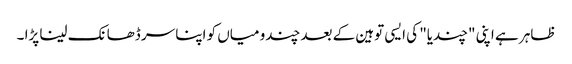
ظاہر ہے اپنی "چندیا" کی ایسی توہین کے بعد چندو میاں کو اپنا سر ڈھانک لینا پڑا ۔